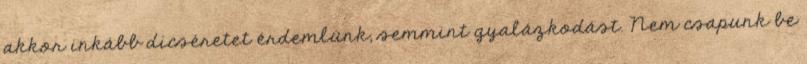
akkor inkább dicséretet érdemlünk, semmint gyalázkodást. Nem csapunk be